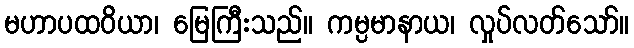
မဟာပထဝိယာ၊ မြေကြီးသည်။ ကမ္ပမာနာယ၊ လှုပ်လတ်သော်။